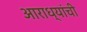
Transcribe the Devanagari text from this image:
आराध्यांची